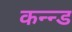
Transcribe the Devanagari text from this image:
कन्न्ड